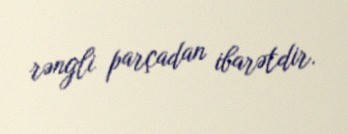
rəngli parçadan ibarətdir.